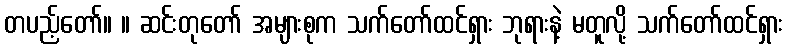
တပည့်တော်။ ။ ဆင်းတုတော် အများစုက သက်တော်ထင်ရှား ဘုရားနဲ့ မတူလို့ သက်တော်ထင်ရှား